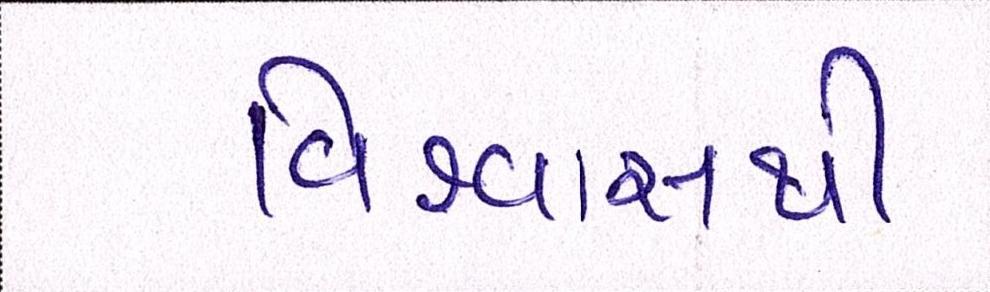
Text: વિશ્વાસથી